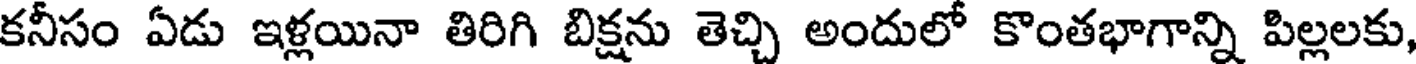
కనీసం ఏడు ఇళ్లయినా తిరిగి బిక్షను తెచ్చి అందులో కొంతభాగాన్ని పిల్లలకు,